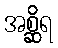
အစ္ဆိရ